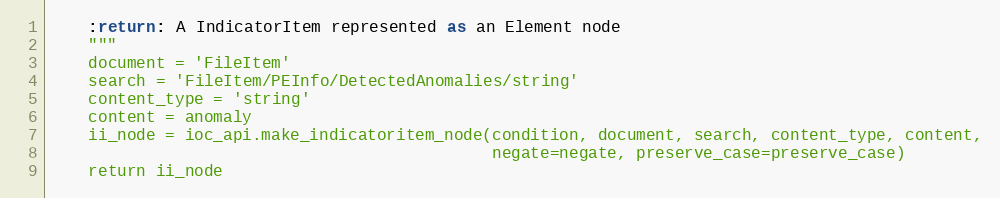
Language: Python
    :return: A IndicatorItem represented as an Element node
    """
    document = 'FileItem'
    search = 'FileItem/PEInfo/DetectedAnomalies/string'
    content_type = 'string'
    content = anomaly
    ii_node = ioc_api.make_indicatoritem_node(condition, document, search, content_type, content,
                                              negate=negate, preserve_case=preserve_case)
    return ii_node